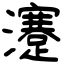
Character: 瀽